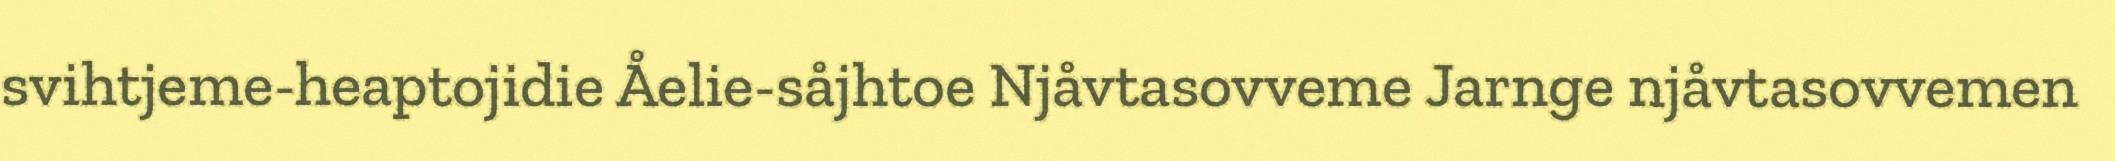
svihtjeme-heaptojidie Åelie-såjhtoe Njåvtasovveme Jarnge njåvtasovvemen